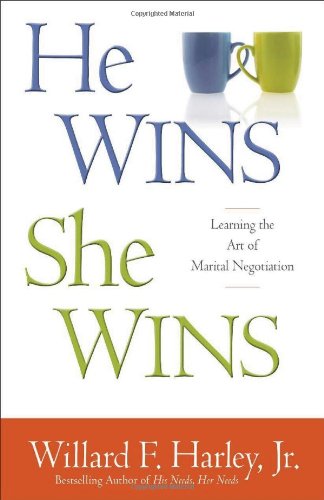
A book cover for He Wins, She Wins: Learning the Art of Marital Negotiation; Willard F. Jr. Harley; Self-Help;